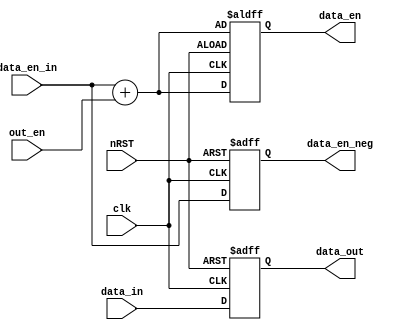
module source_out_16bit(
	input clk,
	input nRST,
	input data_en_in,
	input [15:0]data_in,
	input out_en,
	output reg data_en,
	output reg data_en_neg,
	output reg [15:0]data_out
	);

always @(posedge clk or negedge nRST)
begin
	if(!nRST)
	begin
		data_en <= data_en_in + out_en;
		data_out <= 16'd0;
	end	
	else
	begin
		data_en <= data_en_in + out_en;
		data_out <= data_in;
	end
end

always @(negedge clk  or negedge nRST)
begin
	if(!nRST)
	begin
		data_en_neg <= 1'b0;
	end	
	else
	begin
		data_en_neg <= data_en_in;
	end
end

endmodule